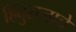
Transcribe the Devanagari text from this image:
हिंदुराजाचे